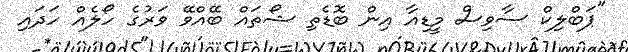
"ޕަބްލިކް ސާވިސް މީޑިއާ އިން ބޮޑެތި ޝޯތައް ބޭއްވޭ ވަރުގެ ހޯލެއް ހަދައި